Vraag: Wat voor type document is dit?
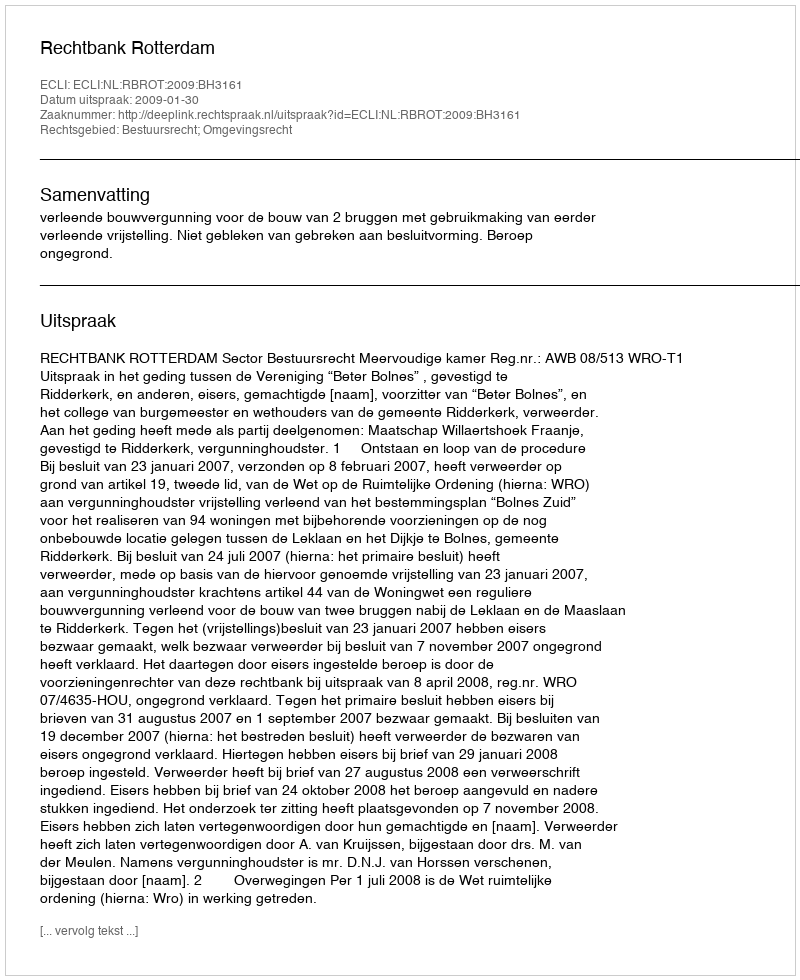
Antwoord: Uitspraak